Report of the Indian Hemp Drugs Commission, 1894-1895 - Volume VI
Year: 1894
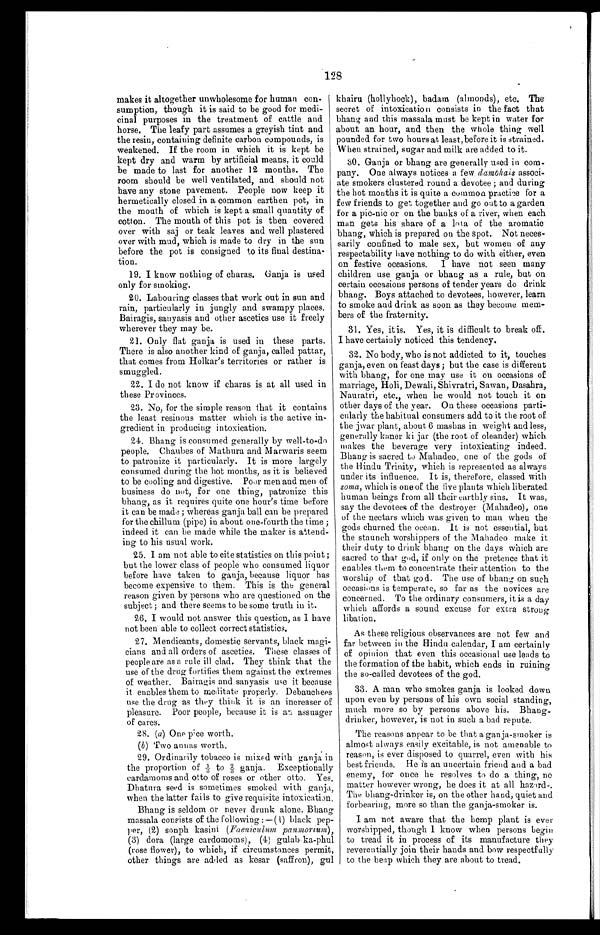
128
makes it altogether unwholesome for human con-
sumption, though it is said to be good for medi-
cinal purposes in the treatment of cattle and
horse. The leafy part assumes a greyish tint and
the resin, containing definite carbon compounds, is
weakened. If the room in which it is kept be
kept dry and warm by artificial means, it could
be made to last for another 12 months. The
room should be well ventilated, and should not
have any stone pavement. People now keep it
hermetically closed in a common earthen pot, in
the mouth of which is kept a small quantity of
cotton. The mouth of this pot is then covered
over with saj or teak leaves and well plastered
over with mud, which is made to dry in the sun
before the pot is consigned to its final destina-
tion.
19. I know nothing of charas. Ganja is used
only for smoking.
20. Labouring classes that work out in sun and
rain, particularly in jungly and swampy places.
Bairagis, sanyasis and other ascetics use it freely
wherever they may be.
21. Only flat ganja is used in these parts.
There is also another kind of ganja, called pattar,
that comes from Holkar's territories or rather is
smuggled.
22. I do not know if charas is at all used in
these Provinces.
23. No, for the simple reason that it contains
the least resinous matter which is the active in-
gredient in producing intoxication.
24. Bhang is consumed generally by well-to-do
people. Chaubes of Mathura and Marwaris seem
to patronize it particularly. It is more largely
consumed during the hot months, as it is believed
to be cooling and digestive. Poor men and men of
business do not, for one thing, patronize this
bhang, as it requires quite one hour's time before
it can be made; whereas ganja ball can be prepared
for the chillum (pipe) in about one-fourth the time;
indeed it can be made while the maker is attend-
ing to his usual work.
25. I am not able to cite statistics on this point;
but the lower class of people who consumed liquor
before have taken to ganja, because liquor has
become expensive to them. This is the general
reason given by persons who are questioned on the
subject; and there seems to be some truth in it.
26. I would not answer this question, as I have
not been able to collect correct statistics.
27. Mendicants, domestic servants, black magi-
cians and all orders of ascetics. These classes of
people are as a rule ill clad. They think that the
use of the drug fortifies them against the extremes
of weather. Bairagis and sanyasis use it because
it enables them to meditate properly. Debauchees
use the drug as they it is an increaser of
pleasure. Poor people, because it is an assuager
of cares.
28. (a) One pice worth.
(b ) Two annas worth.
29. Ordinarily tobacco is mixed with ganja in
the proportion of 1/3 to 2/3 ganja. Exceptionally
cardamoms and otto of roses or other otto. Yes.
Dhatura seed is sometimes smoked with ganja,
when the latter fails to give requisite intoxication.
Bhang is seldom or never drunk alone. Bhang
massala consists of the following:—(1) black pep-
per, (2) sonph kasini (Faeniculum panmorium) ,
(3) dora (large cardomoms), (4) gulab-ka-phul
(rose flower), to which, if circumstances permit,
other things are added as kesar (saffron), gul
khairu (hollyhock), badam (almonds), etc. The
secret of intoxication consists in the fact that
bhang and this massala must be kept in water for
about an hour, and then the whole thing well
pounded for two hours at least, before it is strained.
When strained, sugar and milk are added to it.
30. Ganja or bhang are generally used in com-
pany. One always notices a few dambhais associ-
ate smokers clustered round a devotee; and during
the hot months it is quite a common practice for a
few friends to get together and go out to a garden
for a pic-nic or on the banks of a river, when each
man gets his share of a lota of the aromatic
bhang, which is prepared on the spot. Not neces-
sarily confined to male sex, but women of any
respectability have nothing to do with either, even
on festive occasions. I have not seen many
children use ganja or bhang as a rule, but on
certain occasions persons of tender years do drink
bhang. Boys attached to devotees, however, learn
to smoke and drink as soon as they become mem-
bers of the fraternity.
31. Yes, it is. Yes, it is difficult to break off.
I have certainly noticed this tendency.
32. Nobody, who is not addicted to it, touches
ganja, even on feast days; but the case is different
with bhang, for one may use it on occasions of
marriage, Holi, Dewali, Shivratri, Sawan, Dasahra,
Nauratri, etc., when he would not touch it on
other days of the year. On these occasions parti
-cularly the habitual consumers add to it the root of
the jwar plant, about 6 mashas in weight and less,
generally kaner ki jar (the root of oleander) which
makes the beverage very intoxicating indeed.
Bhang is sacred to Mahadeo, one of the gods of
the Hindu Trinity, which is represented as always
under its influence. It is, therefore, classed with
soma, which is one of the five plants which liberated
human beings from all their earthly sins. It was,
say the devotees of the destroyer (Mahadeo), one
of the nectars which was given to man when the
gods churned the ocean. It is not essential, but
the staunch worshippers of the Mahadeo make it
their duty to drink bhang on the days which are
sacred to that god, if only on the pretence that it
enables them to concentrate their attention to the
worship of that god. The use of bhang on such
occasions is temperate, so far as the novices are
concerned. To the ordinary consumers, it is a day
which affords a sound excuse for extra strong
libation.
As these religious observances are not few and
far between in the Hindu calendar, I am certainly
of opinion that even this occasional use leads to
the formation of the habit, which ends in ruining
the so-called devotees of the god.
33. A man who smokes ganja is looked down
upon even by persons of his own social standing,
much more so by persons above his. Bhang
- d r i n k e r , h o w e v e r , i s n o t i n s u c h a b a d r e p u t e .
The reasons appear to be that a ganja-smoker is
almost always easily excitable, is not amenable to
reason, is ever disposed to quarrel, even with his
best friends. He is an uncertain friend and a bad
enemy, for once he resolves to do a thing, no
matter however wrong, he does it at all hazard.
The bhang-drinker is, on the other hand, quiet and
forbearing, more so than the ganja-smoker is.
I am not aware that the hemp plant is ever
worshipped, though I know when persons begin
to tread it in process of its manufacture they
reverentially join their hands and bow respectfully
to the heap which they are about to tread.